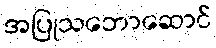
အပြုသဘောဆောင်